Lunatic asylums Madras 1877-1891 - 1877-1891
Year: 1877
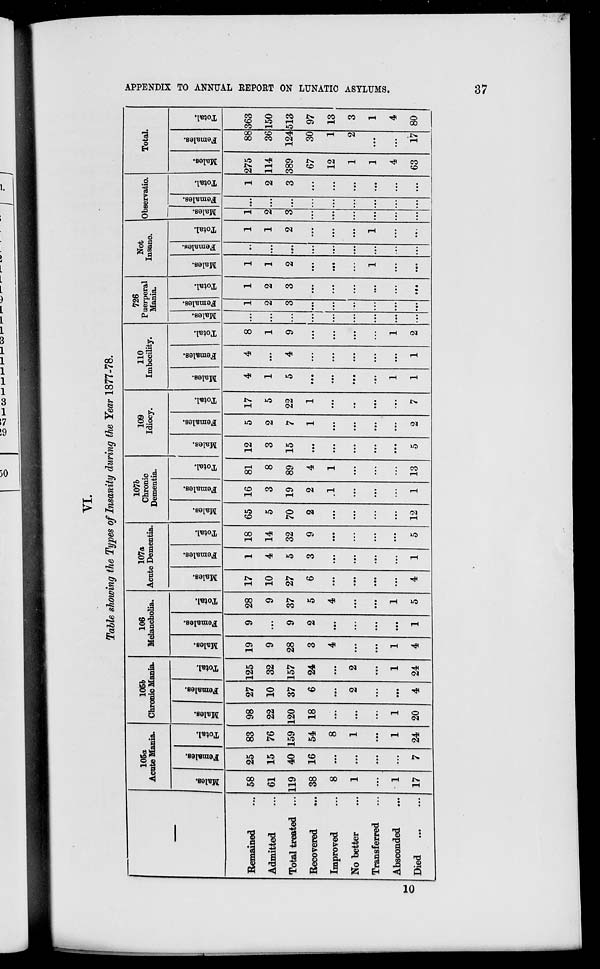
APPENDIX TO ANNUAL REPORT ON LUNATIC ASYLUMS.
37
Table showing the Types of Insanity during the Year 1877-78.
Remained ...
Admitted ...
Total treated ...
Recovered ...
Improved ...
No better ...
Transferred ...
Absconded ...
Died ... ...
105a
Acute Mania.
Males.
58
61
119
38
8
1
...
1
17
Females.
25
15
40
16
...
...
...
...
7
Total.
83
76
159
54
8
1
...
1
24
105b
Chronic Mania.
Males.
98
22
120
18
...
...
...
1
20
Females.
27
10
37
6
...
2
...
...
4
Total.
125
32
157
24
...
2
...
1
24
106
Melancholia.
Males.
19
9
28
3
4
...
...
1
4
Females.
9
...
9
2
...
...
...
...
1
Total.
28
9
37
5
4
...
...
1
5
107a
Acute Dementia.
Males.
17
10
27
6
...
...
...
...
4
Females.
1
4
5
3
...
...
...
...
1
Total.
18
14
32
9
...
...
...
...
5
107b
Chronic
Dementia.
Males.
65
5
70
2
...
...
...
...
12
Females.
16
3
19
2
1
...
...
...
1
Total.
81
8
89
4
1
...
...
...
13
109
Idiocy.
Males.
12
3
15
...
...
...
...
...
5
Females.
5
2
7
1
...
...
...
...
2
Total.
17
5
22
1
...
...
...
...
7
110
Imbecility.
Males.
4
1
5
...
...
...
...
1
1
Females.
4
...
4
...
...
...
...
...
1
Total.
8
1
9
...
...
...
...
1
2
726
Puerperal
Mania.
Males.
...
...
...
...
...
...
...
...
...
Females.
1
2
3
...
...
...
...
...
...
Total.
1
2
3
...
...
...
...
...
...
Not
Insane.
Males.
1
1
2
...
...
...
1
...
...
Females.
...
...
...
...
...
...
...
...
...
Total.
1
1
2
...
...
...
1
...
...
Observatio.
Males.
1
2
3
...
...
...
...
...
...
Females.
...
...
...
...
...
...
...
...
...
Total.
1
2
3
...
...
...
...
...
...
Total.
Males.
275
114
389
67
12
1
1
4
63
Females.
88
36
124
30
1
2
...
...
17
Total.
363
150
513
97
13
3
1
4
80
10